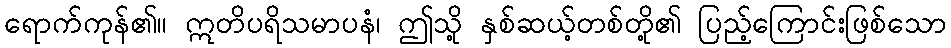
ရောက်ကုန်၏။ ဣတိပရိသမာပနံ၊ ဤသို့ နှစ်ဆယ့်တစ်တို့၏ ပြည့်ကြောင်းဖြစ်သော